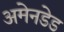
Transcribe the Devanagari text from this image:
अमेनडेड